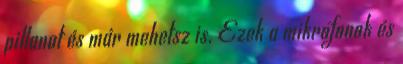
pillanat és már mehetsz is. Ezek a mikrofonok és